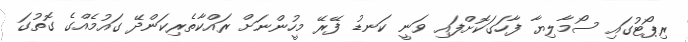
ރިޕޯޓުގައި ސޯމާލިޔާ ފާހަގަކޮށްފައި ވަނީ ކަނޑު ފޭރޭ މީހުންނަށް ރައްކާތެރިކަންދޭ ގައުމެއްގެ ގޮތުގަ